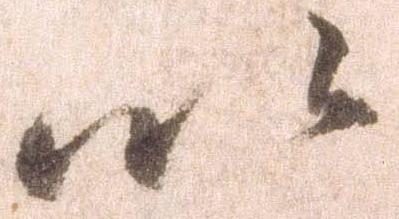
以